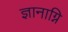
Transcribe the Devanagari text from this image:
ज्ञानाग्नि